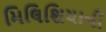
મિલિશિયાની